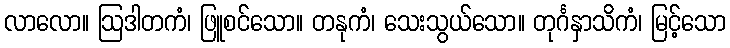
လာလော။ ဩဒါတကံ၊ ဖြူစင်သော။ တနုကံ၊ သေးသွယ်သော။ တုင်္ဂနှာသိကံ၊ မြင့်သော